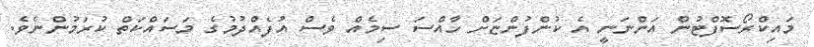
މައިކްރޯސޮފްޓުން އަންނަނީ އެ ކުންފުންޏަށް ހާއްސަ ސިމެއް ވެސް އުފެއްދުމުގެ މަސައްކަތް ކުރަމުންނެވެ.